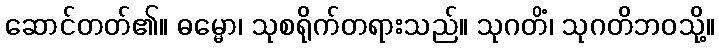
ဆောင်တတ်၏။ ဓမ္မော၊ သုစရိုက်တရားသည်။ သုဂတိံ၊ သုဂတိဘဝသို့။